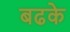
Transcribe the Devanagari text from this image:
बढके